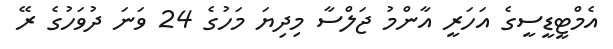
އެމްޓީޑީސީގެ އަހަރީ އާންމު ޖަލްސާ މިދިޔަ މަހުގެ 24 ވަނަ ދުވަހުގެ ރޭ